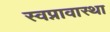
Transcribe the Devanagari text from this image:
स्वप्नावास्था